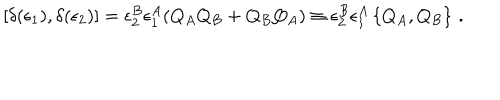
LaTeX: [ \delta ( \epsilon _ { 1 } ) , \delta ( \epsilon _ { 2 } ) ] = \epsilon _ { 2 } ^ { B } \epsilon _ { 1 } ^ { A } ( Q _ { A } Q _ { B } + Q _ { B } Q _ { A } ) \equiv \epsilon _ { 2 } ^ { B } \epsilon _ { 1 } ^ { A } \left\{ Q _ { A } , Q _ { B } \right\} \, .